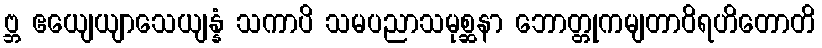
ဗ္ဘ ဧယျေယျာသေယျန္နံ သကာပိ သမပညာသမုစ္ဆနာ ဘောတ္တုကမျတာဝိရဟိတောတိ